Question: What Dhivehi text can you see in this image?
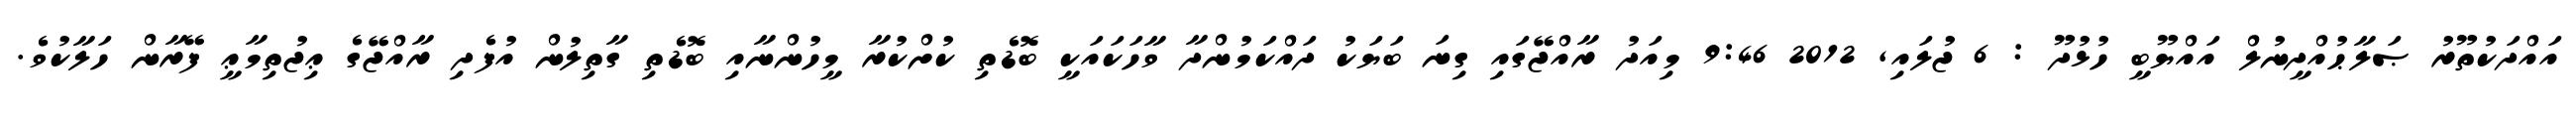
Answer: އައްދަކުތޫރު ޞަލާޙުއްދީނުލް އައްޔޫބީ ހުޅުދޫ : 6 ޖުލައި, 2012 9:46 މިއަދު ރާއްޖޭގައި ގިނަ ބަޔަކު ދައްކަމުންދާ ވާހަކައަކީ ބޮޑެތި ކުށްކުރާ މީހުންނާއި ބޮޑެތި ގާތިލުން އުފެދި ރާއްޖޭގެ ޢިޖުތިމާޢީ ފޭރާން ހަލާކުވެ.